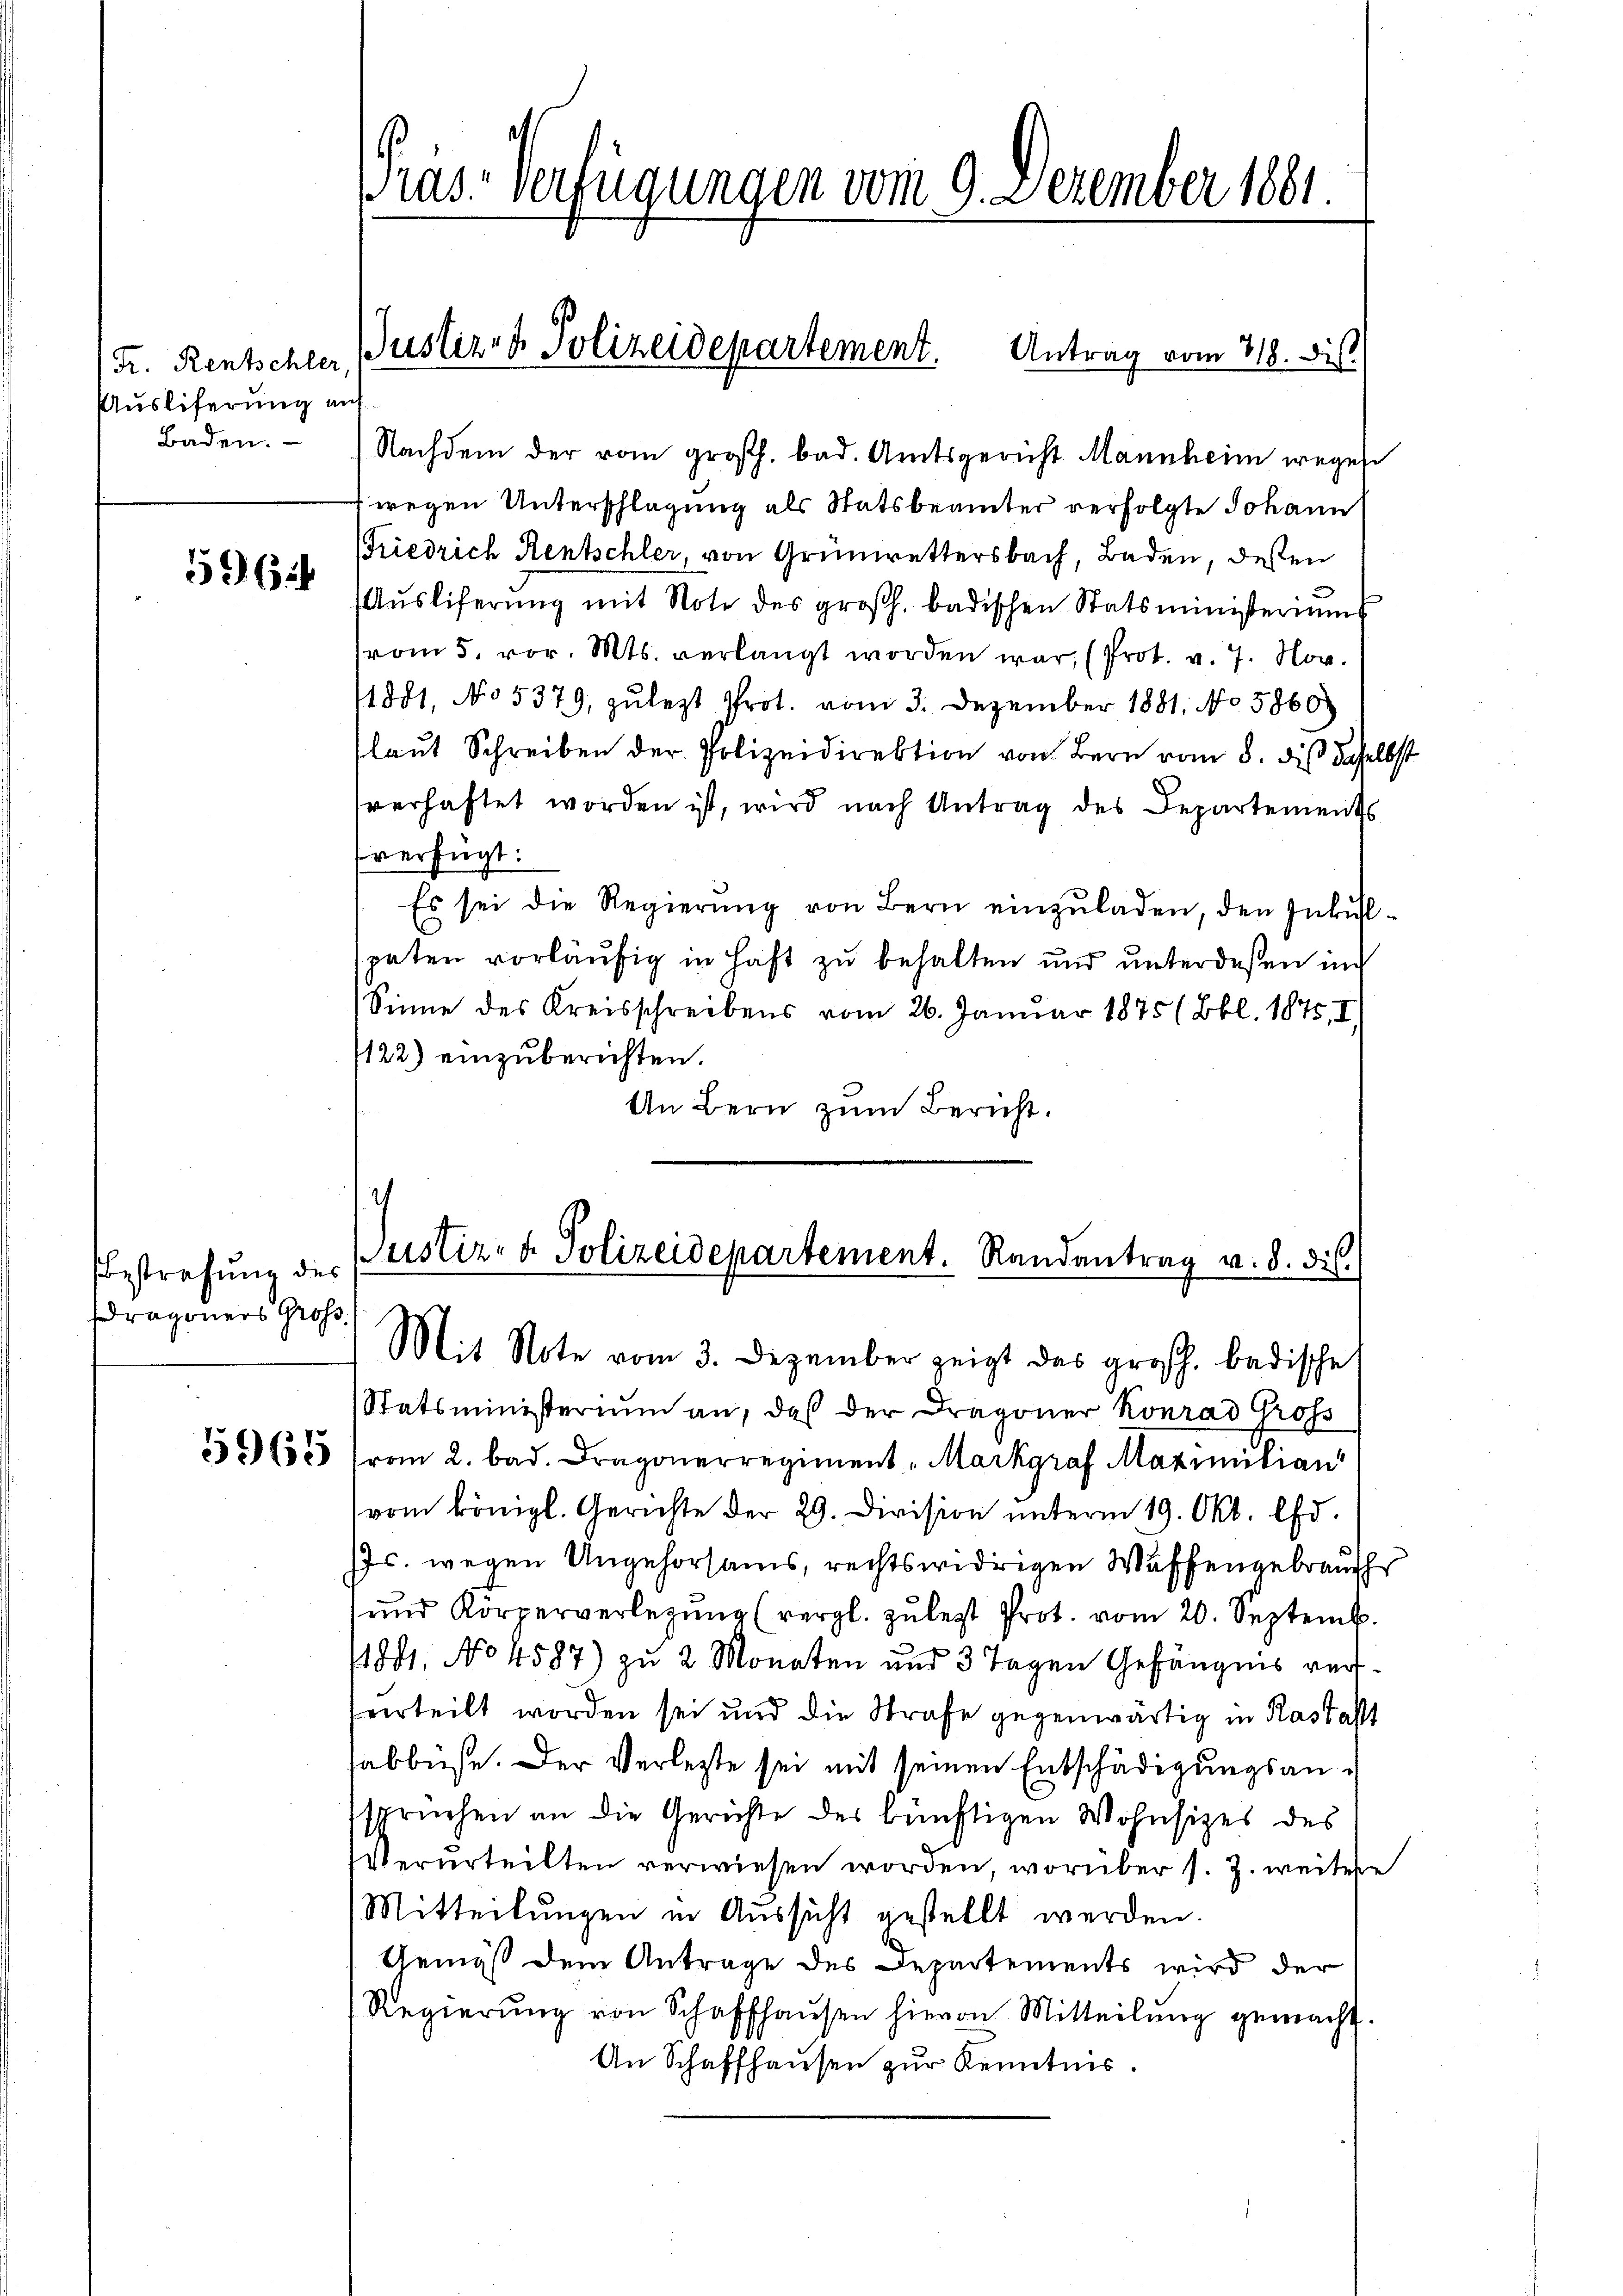
Fr. Rentschler
Auslieferung auf

5962

Bestrafung des
Dragoners Groß

Baden. Nachdem der vom großh. bad. Amtsgericht Mannheim wegen
(wegen Unterschlagung als Statsbeamter verfolgte Johann
riedrich Rentschler, von Grünwettersbach, Baden, deßen
Aŭsliferŭng mit Note des großh. badischen Statsministeriŭms
vom 5. vor. Mts. verlangt worden war, (Prot. v. 7. Nov.
1881, No 5379, zulezt Prot. vom 3. Dezember 1881. No 5860)
laut Schreiben der Polizeidirektion von Bern vom 8. dis daselbst
sverhaftet worden ist, wird nach Antrag des Departements
verfügt:
Es sei die Regierung von Bern einzuladen, den Inkulspaten vorläufig in Haft zu behalten und unterdeßen in
Sinne des Kreisschreibens vom 26. Januar 1875 (Bbl. 1875, I
122) einzuberichten.
An Bern zum Bericht.
Justiz- & Polizeidepartement. Randantrag v. d. dis
Mit Note vom 3. Dezember zeigt das großh. badische
Statsministerium an, daß der Dragoner Konrad Gross
5565 vom 2. bad. Dragonerregiment - Markgraf Maximilian
vom königl. Gerichte der 29. Division ŭnterm 19. Okt. lfd.
Jc. wegen Ungehorsams, rechtswidrigen Waffengebrauch
ŭnd Körperverlegŭng (vergl. zŭ legt Prot. vom 20. Septemb.
1881, No 4587) zu 2 Monaten und 3 Tagen Gefängnis vereerteilt worden sei und die Strafe gegenwärtig in Rastast
abbüse. Der Verletzte sei mit seinen Entschädigungsanspruchen an die Gerichte der künftigen Wohnsitzes des
Verurteilten verwiesen worden, worüber s. Z. weitere
Mitteilungen in Aussicht gestellt werden.
Gemäß dem Antrage des Departements wird der
Regierŭng von Schaffhaŭsen hievon Mitteilŭng gemacht.
An Schaffhaŭsen zŭr Kenntnis.

Pras-Verfügungen vom 9. Dezember 1881.

Justiz- & Polizeidepartement. Antrag vom 318. Di